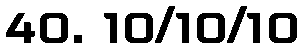
40. 10/10/10